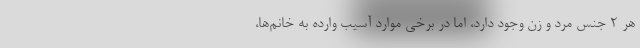
هر ۲ جنس مرد و زن وجود دارد، اما در برخی موارد آسیب‌ وارده به خانم‌ها،